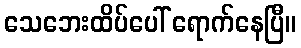
သေဘေးထိပ်ပေါ် ရောက်နေပြီ။